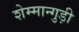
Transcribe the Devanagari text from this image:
शेम्मान्गुड़ी